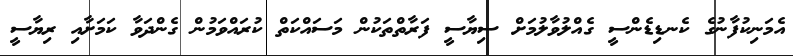
އެމަނިކުފާނުގެ ކެނޑިޑެންސީ ގެއްލުވާލުމަށް ސިޔާސީ ފަރާތްތަކުން މަސައްކަތް ކުރައްވަމުން ގެންދަވާ ކަމަށާއި ރިޔާސީ